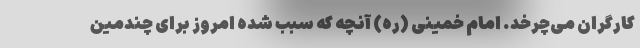
کارگران می‌چرخد. امام خمینی (ره) آنچه که سبب شده امروز برای چندمین